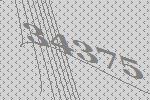
34375